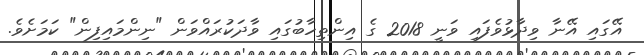
އޭގައި އޭނާ ވިދާޅުވެފައި ވަނީ 2018 ގެ އިންތިހާބުގައި ވާދަކުރައްވަން "ނިންމައިފިން" ކަމަށެވެ.